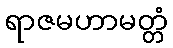
ရာဇမဟာမတ္တံ